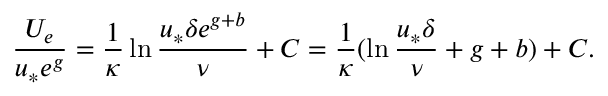
\frac { U _ { e } } { u _ { * } e ^ { g } } = \frac { 1 } { \kappa } \ln \frac { u _ { * } \delta e ^ { g + b } } { \nu } + C = \frac { 1 } { \kappa } ( \ln \frac { u _ { * } \delta } { \nu } + g + b ) + C .